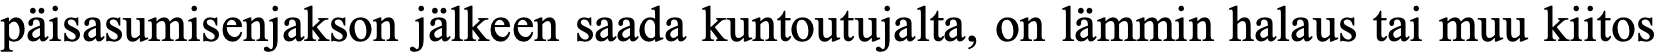
päisasumisenjakson jälkeen saada kuntoutujalta, on lämmin halaus tai muu kiitos